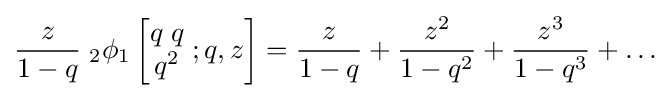
{\frac {z}{1-q}}\;_{2}\phi _{1}\left[{\begin{matrix}q\;q\\q^{2}\end{matrix}}\;;q,z\right]={\frac {z}{1-q}}+{\frac {z^{2}}{1-q^{2}}}+{\frac {z^{3}}{1-q^{3}}}+\ldots